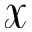
\mathbfcal { X }